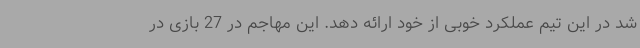
شد در این تیم عملکرد خوبی از خود ارائه دهد. این مهاجم در 27 بازی در